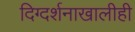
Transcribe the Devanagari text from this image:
दिग्दर्शनाखालीही